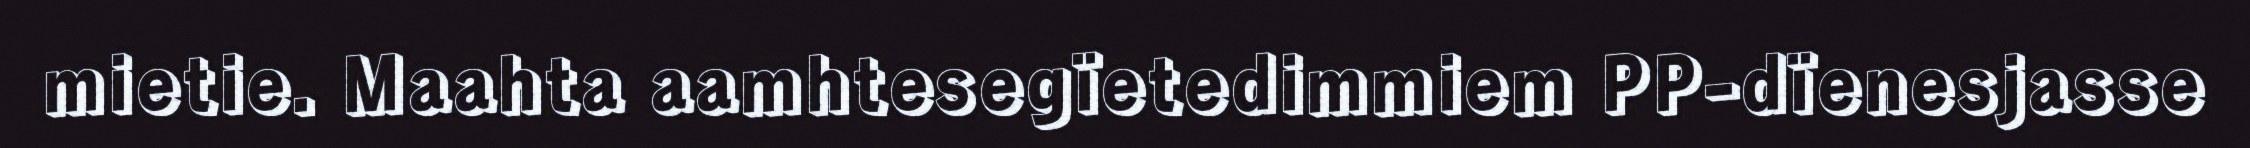
mietie. Maahta aamhtesegïetedimmiem PP-dïenesjasse